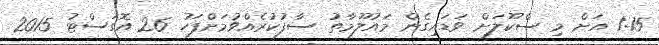
1:15 އަށް މި ސްކޫލަށް ވަޑައިގެން މައުލޫމާތު ސާފުކުރެއްވުމަށްފަހު 26 އޮގަސްޓު 2015